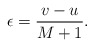
\begin{align*}\epsilon={v-u\over M+1}.\end{align*}